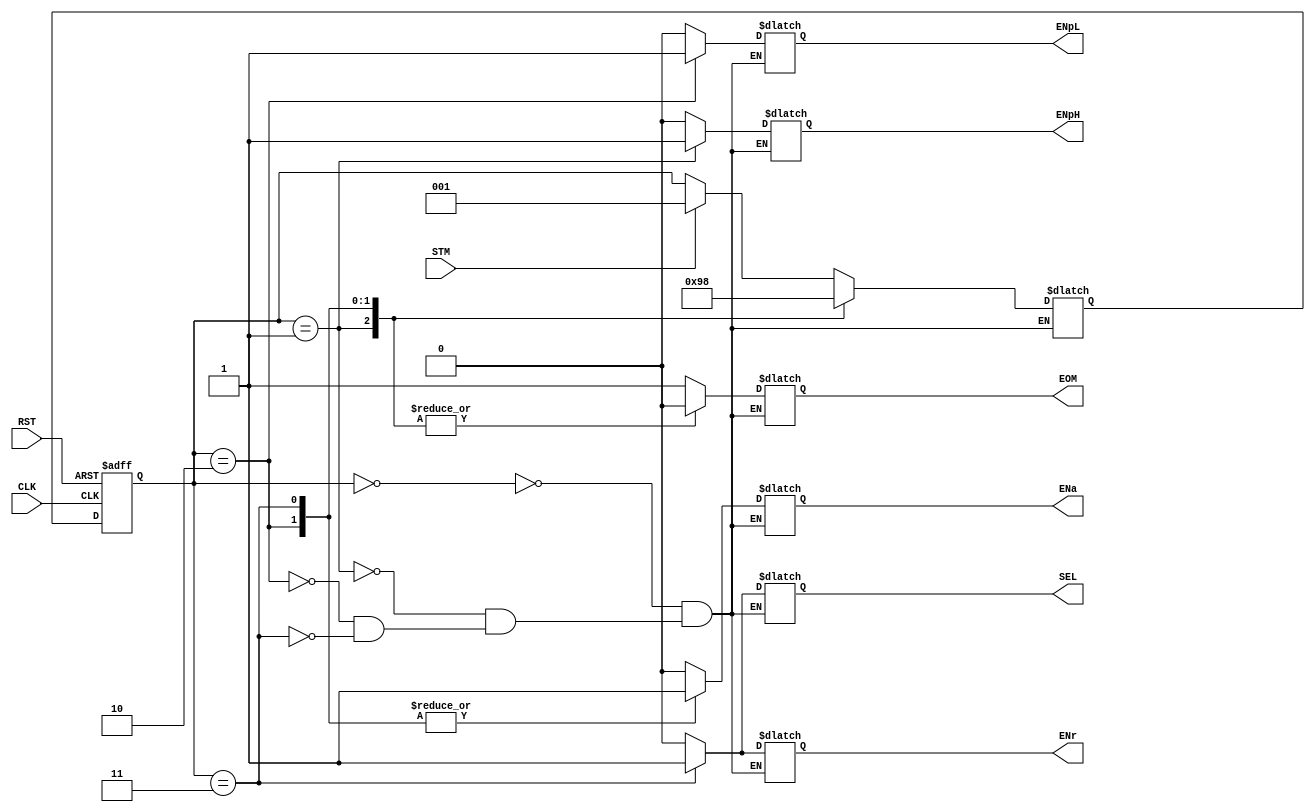
module FSM_Ctrol (
	input			RST,	//	Reset maestro
	input			CLK,	//	Reloj maestro
	input			STM,	//	Iniciar multiplicacion
	output reg		ENpH,	//	Habilitaciones Rp Alto 
	output reg		ENpL,	//	Habilitaciones Rp Bajo
	output reg		ENa,	//	Habilitaciones Ra
	output reg		ENr,	//	Habilitaciones Rr
	output reg		SEL,	//	Selector Mux 
	output reg		EOM		//	Fin de multiplicacion
	);	
	
	reg[2:0]	Qp,Qn;
	
	always @ *
	begin : Combinacional 
		case (Qp)
			3'b000 : begin	//	Idle
				if (STM)
					Qn = 3'b001;
				else
					Qn = Qp;
				ENpH = 1'b0;
				ENpL = 1'b0;
				ENa  = 1'b0;
				ENr  = 1'b0;	
				SEL  = 1'b0;
				EOM  = 1'b1;
			end
			3'b001 : begin
				Qn   = 3'b010;
				ENpH = 1'b1;
				ENpL = 1'b0;
				ENa  = 1'b0;
				ENr  = 1'b0;
				SEL  = 1'b0; 
				EOM  = 1'b0;
			end
			3'b010 : begin
				Qn   = 3'b011;
				ENpH = 1'b0;
				ENpL = 1'b1;
				ENa  = 1'b1;
				ENr  = 1'b0;	
				SEL  = 1'b0;
				EOM  = 1'b0;
			end	  
			3'b011 : begin
				Qn   = 3'b000;
				ENpH = 1'b0;
				ENpL = 1'b0;
				ENa  = 1'b1;
				ENr  = 1'b1;	
				SEL  = 1'b1; 
				EOM  = 1'b0;
			end	   
//			3'b100 : begin
//				Qn   = 3'b000;
//				ENpH = 1'b0;
//				ENpL = 1'b0;
//				ENa  = 1'b0;
//				ENr  = 1'b1;	
//				SEL  = 1'b0;
//			end
		endcase
	end
	
	always @ (posedge RST or posedge CLK)
	begin : Secuencial 
		if (RST)
			Qp <= 0;
		else
			Qp <= Qn;
	end
	
endmodule